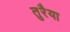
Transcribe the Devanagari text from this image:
तुरैया